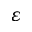
\varepsilon